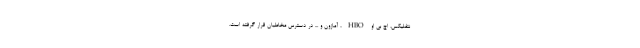
نتفلیکس، اچ بی او HBO ، آمازون و ... در دسترس مخاطبان قرار گرفته است.